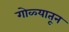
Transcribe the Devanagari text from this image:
गोळ्यातून